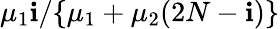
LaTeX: \mu_{1}\mathbf{i}/\{ \mu_{1}+\mu_{2}(2N-\mathbf{i})\}